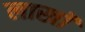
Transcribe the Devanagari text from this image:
लाखॉ